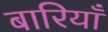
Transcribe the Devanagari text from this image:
बारियाँ